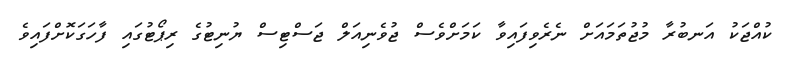
ކުއްޖަކު އަނބުރާ މުޖުތަމައަށް ނެރެވިފައިވާ ކަމަށްވެސް ޖުވެނިއަލް ޖަސްޓިސް ޔުނިޓުގެ ރިޕޯޓުގައި ފާހަގަކޮށްފައިވެ